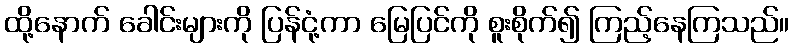
ထို့နောက် ခေါင်းများကို ပြန်ငုံ့ကာ မြေပြင်ကို စူးစိုက်၍ ကြည့်နေကြသည်။